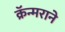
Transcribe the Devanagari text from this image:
क्रॅन्मराने